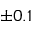
\pm 0 . 1